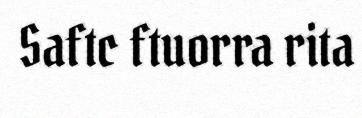
Saftc ftuorra rita